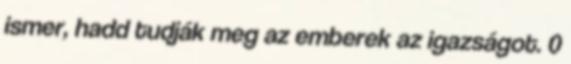
ismer, hadd tudják meg az emberek az igazságot. 0